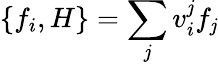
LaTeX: \{ f_{i},H\} =\sum_{\mathit{j}}v_{i}^{\mathit{j}}f_{\mathit{j}}